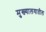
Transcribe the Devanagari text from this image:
मुख्यालयातील